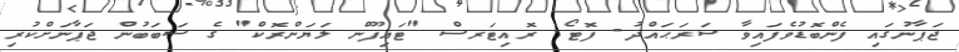
ޖަޕާނުގައި ފެންބޮޑުވެފައިވާ ސަރަޙައްދު- ފޮޓޯ: ރޮއިޓަރސް "ޓައިފޫން ލަޔަންރޮކް" ގެ ސަބަބުން ޖަޕާނަށްކުރި